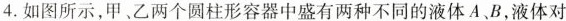
4.如图所示，甲、乙两个圆柱形容器中盛有两种不同的液体A、B，液体对